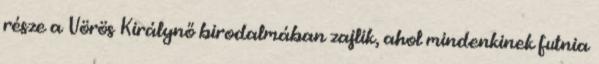
része a Vörös Királynő birodalmában zajlik, ahol mindenkinek futnia